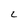
Character: L